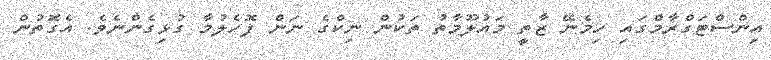
އިންސްޓަގްރާމްގައި ހިމެނޭ ޒާތީ މައުލޫމާތު ތަކުން ނިކްގެ ނަން ފޮހެލުމާ ގުޅިގެންނެވެ. އެގޮތުން